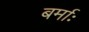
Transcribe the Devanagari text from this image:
बर्माः